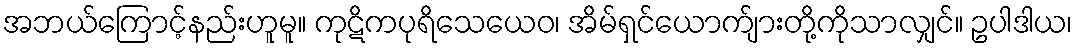
အဘယ်ကြောင့်နည်းဟူမူ။ ကုဋိကပုရိသေယေဝ၊ အိမ်ရှင်ယောက်ျားတို့ကိုသာလျှင်။ ဥပါဒါယ၊